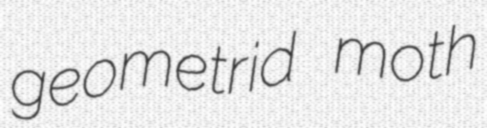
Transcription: geometrid moth